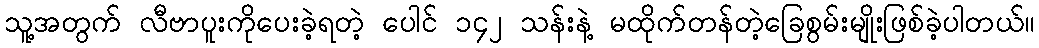
သူ့အတွက် လီဗာပူးကိုပေးခဲ့ရတဲ့ ပေါင် ၁၄၂ သန်းနဲ့ မထိုက်တန်တဲ့ခြေစွမ်းမျိုးဖြစ်ခဲ့ပါတယ်။